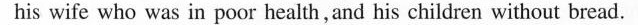
his wife who was in poor health, and his children without bread.